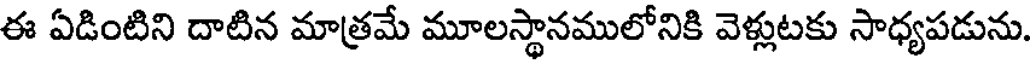
ఈ ఏడింటిని దాటిన మాత్రమే మూలస్థానములోనికి వెళ్లుటకు సాధ్యపడును.